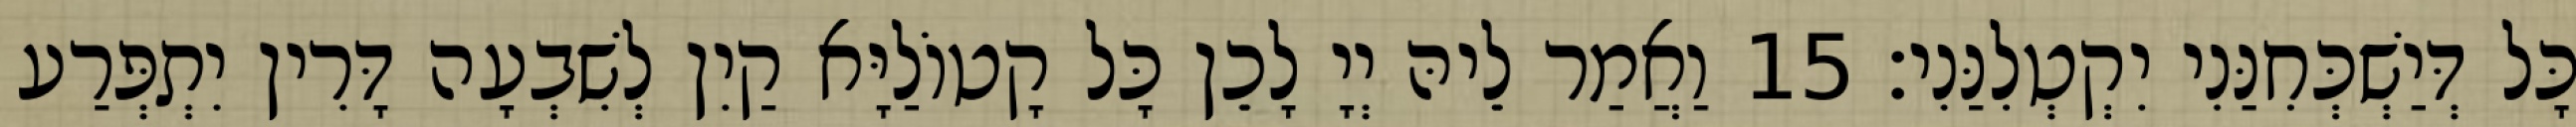
כָּל דְּיַשְׁכְּחִנַּנִי יִקְטְלִנַּנִי׃ 15 וַאֲמַר לֵיהּ יְיָ לָכֵן כָּל קָטוֹלַיָּא קַיִן לְשִׁבְעָה דָּרִין יִתְפְּרַע